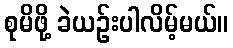
စုမိဖို့ ခဲယဉ်းပါလိမ့်မယ်။